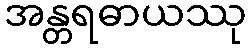
အန္တရဓာယဿု